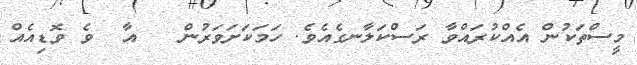
މީސްތަކުން އެއްކުރައްވާ ރަސްކަލާނގެއެވެ. ހަމަކަށަވަރުން   އާ  ވެ ވޮޑިއެއް